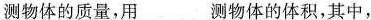
测物体的质量，用___测物体的体积，其中，